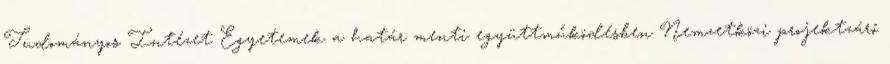
Tudományos Intézet Egyetemek a határ menti együttműködésben Nemzetközi projektzáró